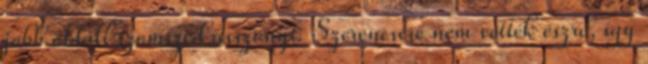
jobb oldali szomszéd asszonyt. Szerencsére nem vettek észre, így